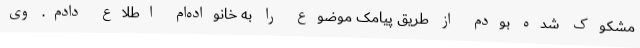
مشکوک شده بودم از طریق پیامک موضوع را به خانواده‌ام اطلاع دادم. وی